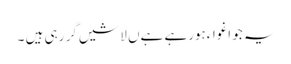
یہ جو اغواءہورہے ہےں لاشیں گر رہی ہیں ۔